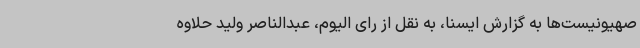
صهیونیست‌ها به گزارش ایسنا، به نقل از رای الیوم، عبدالناصر ولید حلاوه